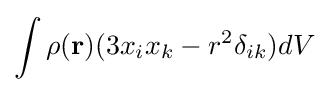
\int \rho (\mathbf {r} )(3x_{i}x_{k}-r^{2}\delta _{ik})dV